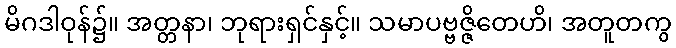
မိဂဒါဝုန်၌။ အတ္တနာ၊ ဘုရားရှင်နှင့်။ သမာပဗ္ဗဇ္ဇိတေဟိ၊ အတူတကွ